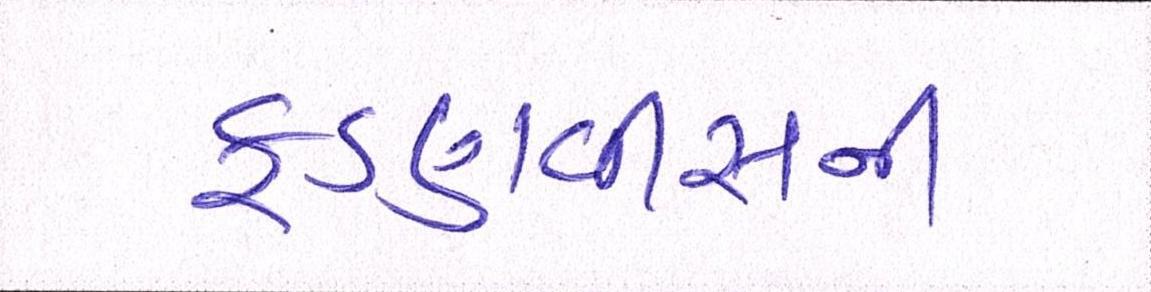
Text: ફડણવીસની